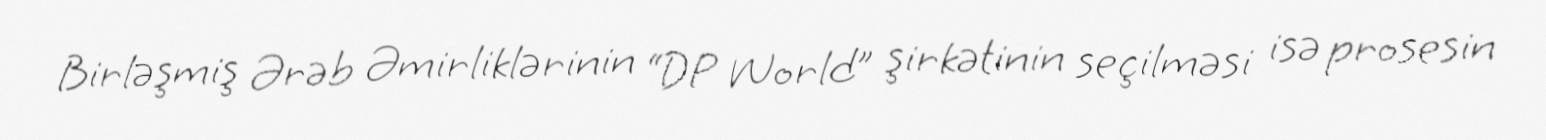
Birləşmiş Ərəb Əmirliklərinin “DP World” şirkətinin seçilməsi isə prosesin